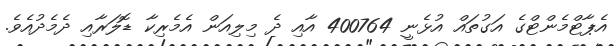
އެޕާޓްމެންޓްގެ އަގުތައް އުޅެނީ 400764 އާއި ދެ މިލިއަން އެމެރިކާ ޑޮލަރާއި ދެމެދުއެވެ.